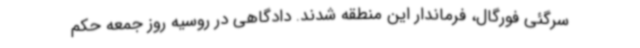
سرگئی فورگال، فرماندار این منطقه شدند. دادگاهی در روسیه روز جمعه حکم